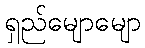
ရှည်မျောမျော